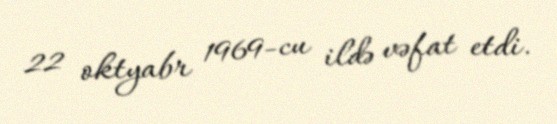
22 oktyabr 1969-cu ildə vəfat etdi.